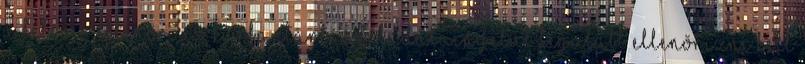
a féléves ellenõrzés, karbantartás feladatain felül legalább ellenõrizni kell